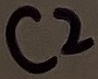
Text: C2